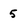
Character: 5